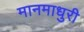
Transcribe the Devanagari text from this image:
मानमाधुरी